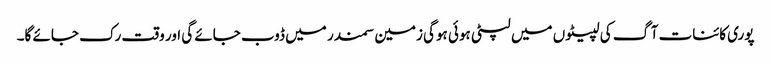
پوری کائنات آگ کی لپیٹوں میں لپٹی ہوئی ہوگی زمین سمندر میں ڈوب جائے گی اور وقت رک جائے گا۔